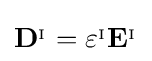
\mathbf {D} ^{_{\mathrm {I} }}=\varepsilon ^{_{\mathrm {I} }}\mathbf {E} ^{_{\mathrm {I} }}